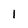
Character: 1